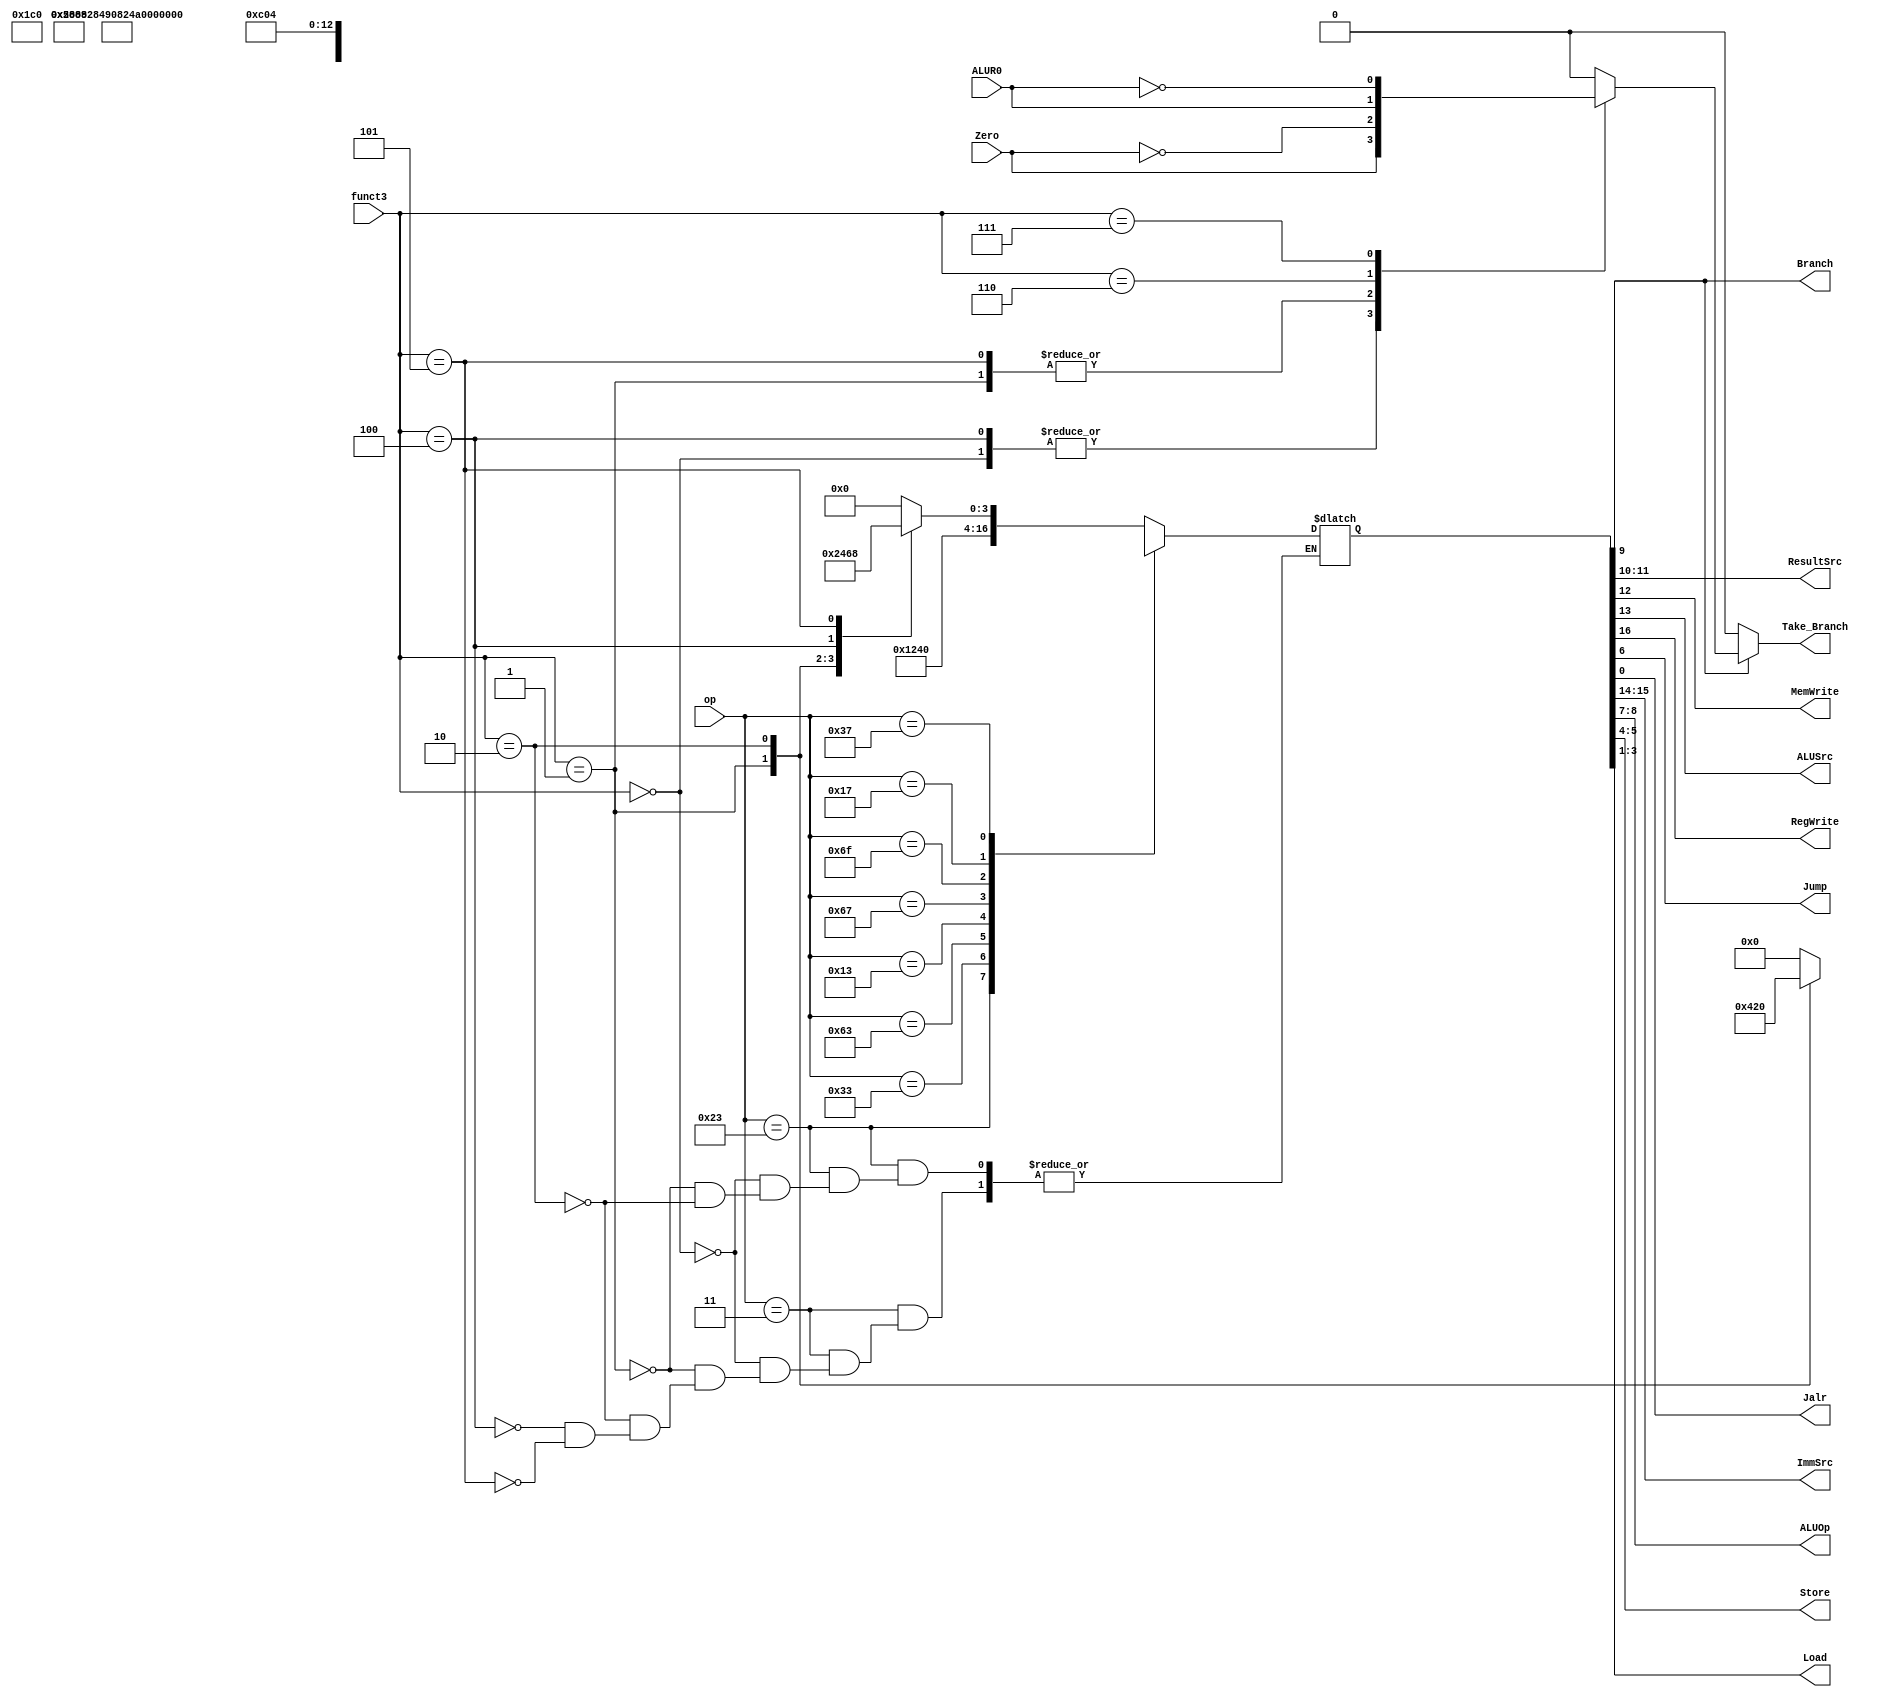
/* 
 * Team Id: eYRC#AB#3265
 * Author List: Md Faizan, Sumit Saroj
 * Filename: main_decoder
 * Theme: Astro Tinker Bot 
 * Functions: main_decoder
 * Global Variables: None
 */

// main_decoder.v - logic for main decoder

module main_decoder (
    input  [6:0] op,
    input  [2:0] funct3,
    output [1:0] ResultSrc,
    output       MemWrite, Branch,
    input        ALUR0,
    output       ALUSrc,
    output       RegWrite,
    input         Zero,
    output        Jump, Jalr,
    output reg   Take_Branch,
    output [1:0] ImmSrc,
    output [1:0] ALUOp, Store,
    output [2:0] Load
);

reg [16:0] controls;

always @(*) begin
    case (op)
        // RegWrite_ImmSrc_ALUSrc_MemWrite_ResultSrc_Branch_ALUOp_Jump_Store_Load_Jalr
        7'b0000011: begin
                        case (funct3)
                        3'b000: controls = 17'b1_00_1_0_01_0_00_0_00_000_0; // lb
                        3'b001: controls = 17'b1_00_1_0_01_0_00_0_00_001_0; // lh
                        3'b010: controls = 17'b1_00_1_0_01_0_00_0_00_010_0; // lw
                        3'b100: controls = 17'b1_00_1_0_01_0_00_0_00_011_0; // lbu
                        3'b101: controls = 17'b1_00_1_0_01_0_00_0_00_100_0; // lhu
                        endcase
                    end
        7'b0100011: begin
                        case (funct3)
                        3'b000: controls = 17'b0_01_1_1_00_0_00_0_00_000_0; // sb
                        3'b001: controls = 17'b0_01_1_1_00_0_00_0_01_000_0; // sh
                        3'b010: controls = 17'b0_01_1_1_00_0_00_0_10_000_0; // sw
                        endcase
                    end
        7'b0110011: controls = 17'b1_xx_0_0_00_0_10_0_00_010_0; // Rtype
        7'b1100011: controls = 17'b0_10_0_0_00_1_01_0_00_010_0; // B-type
        7'b0010011: controls = 17'b1_00_1_0_00_0_10_0_00_010_0; // Itype ALU
        7'b1100111: controls = 17'b1_00_1_0_10_0_00_0_00_010_1; // jalr
        7'b1101111: controls = 17'b1_11_0_0_10_0_00_1_00_010_0; // jal
        7'b0010111: controls = 17'b1_xx_1_0_11_0_00_0_00_010_0; // auipc
        7'b0110111: controls = 17'b1_xx_x_0_11_0_00_0_00_010_0; // lui
        default:    controls = 17'bx_xx_x_x_xx_x_xx_x_xx_xxx_x; // ???
    endcase

    Take_Branch = 0;
    if (Branch) begin               //  For Branch and jump instructions
        case (funct3)
            3'b000:  Take_Branch = Zero;
            3'b001:  Take_Branch = !Zero;
            3'b100:  Take_Branch = Zero;
            3'b101:  Take_Branch = !Zero;
			3'b110:  Take_Branch = ALUR0;
			3'b111:  Take_Branch = !ALUR0;
            default: Take_Branch = 0;
        endcase
    end

end

assign {RegWrite, ImmSrc, ALUSrc, MemWrite, ResultSrc, Branch, ALUOp, Jump, Store, Load, Jalr} = controls;

endmodule